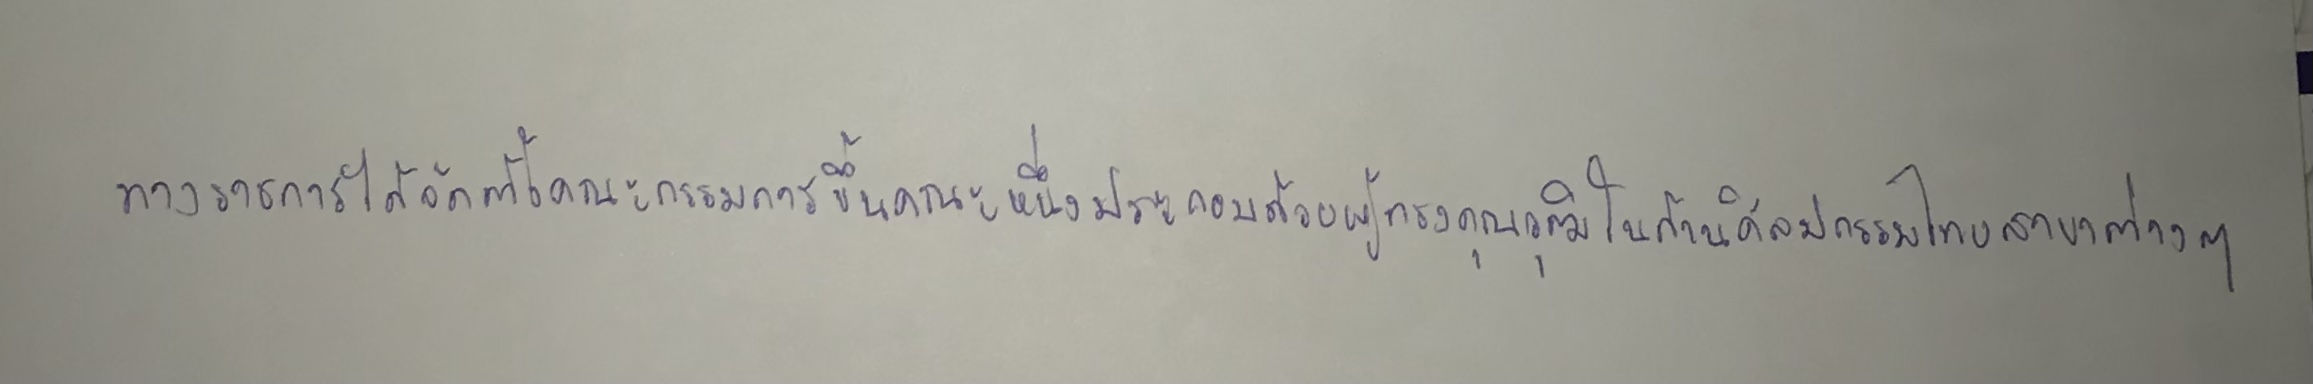
ทางราชการได้จัดตั้งคณะกรรมการขึ้นคณะหนึ่งประกอบด้วยผู้ทรงคุณวุฒิในด้านศิลปกรรมไทยสาขาต่างๆ